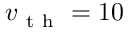
v _ { \mathrm { ~ t ~ h ~ } } = 1 0